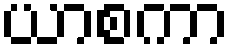
ယာစကာ